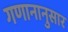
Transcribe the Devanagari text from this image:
गणानानुसार